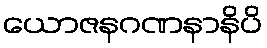
ယောဇနဂဏနာနိပိ